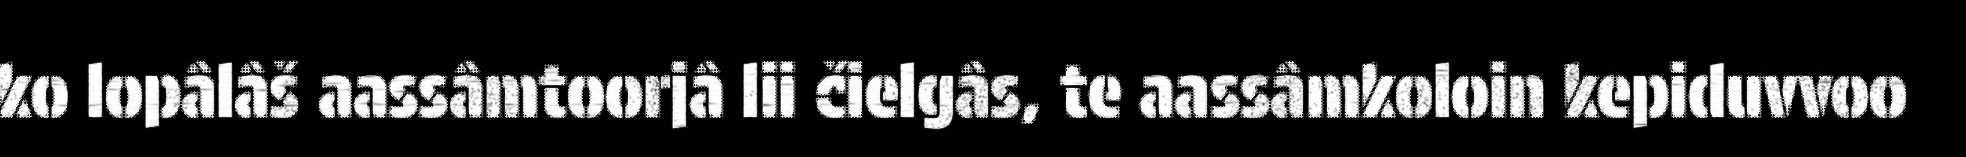
ko lopâlâš aassâmtoorjâ lii čielgâs, te aassâmkoloin kepiduvvoo